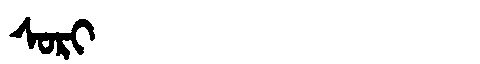
Manchu: ᠰᠣᡵᡳ
Romanization: SORI